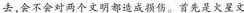
去，会不会对两个文明都造成损伤。首先是火星文